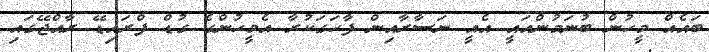
ބައެއް މީހުން ބުނަމުންއައީ އެއީ ނަސާރާއިން ފާހަގަކުރާ އެމީހުންގެ ގުޑް ފްރައިޑޭ ރާއްޖޭގައި